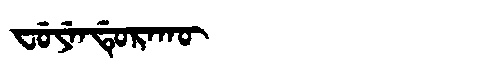
Manchu: ᠸᡠᠶᡝᠨᡩᡠᡵᠠᡴᡡ
Romanization: FUYENDURAKŪ